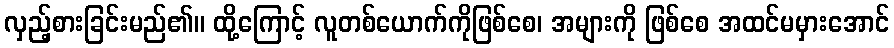
လှည့်စားခြင်းမည်၏။ ထို့ကြောင့် လူတစ်ယောက်ကိုဖြစ်စေ၊ အများကို ဖြစ်စေ အထင်မမှားအောင်